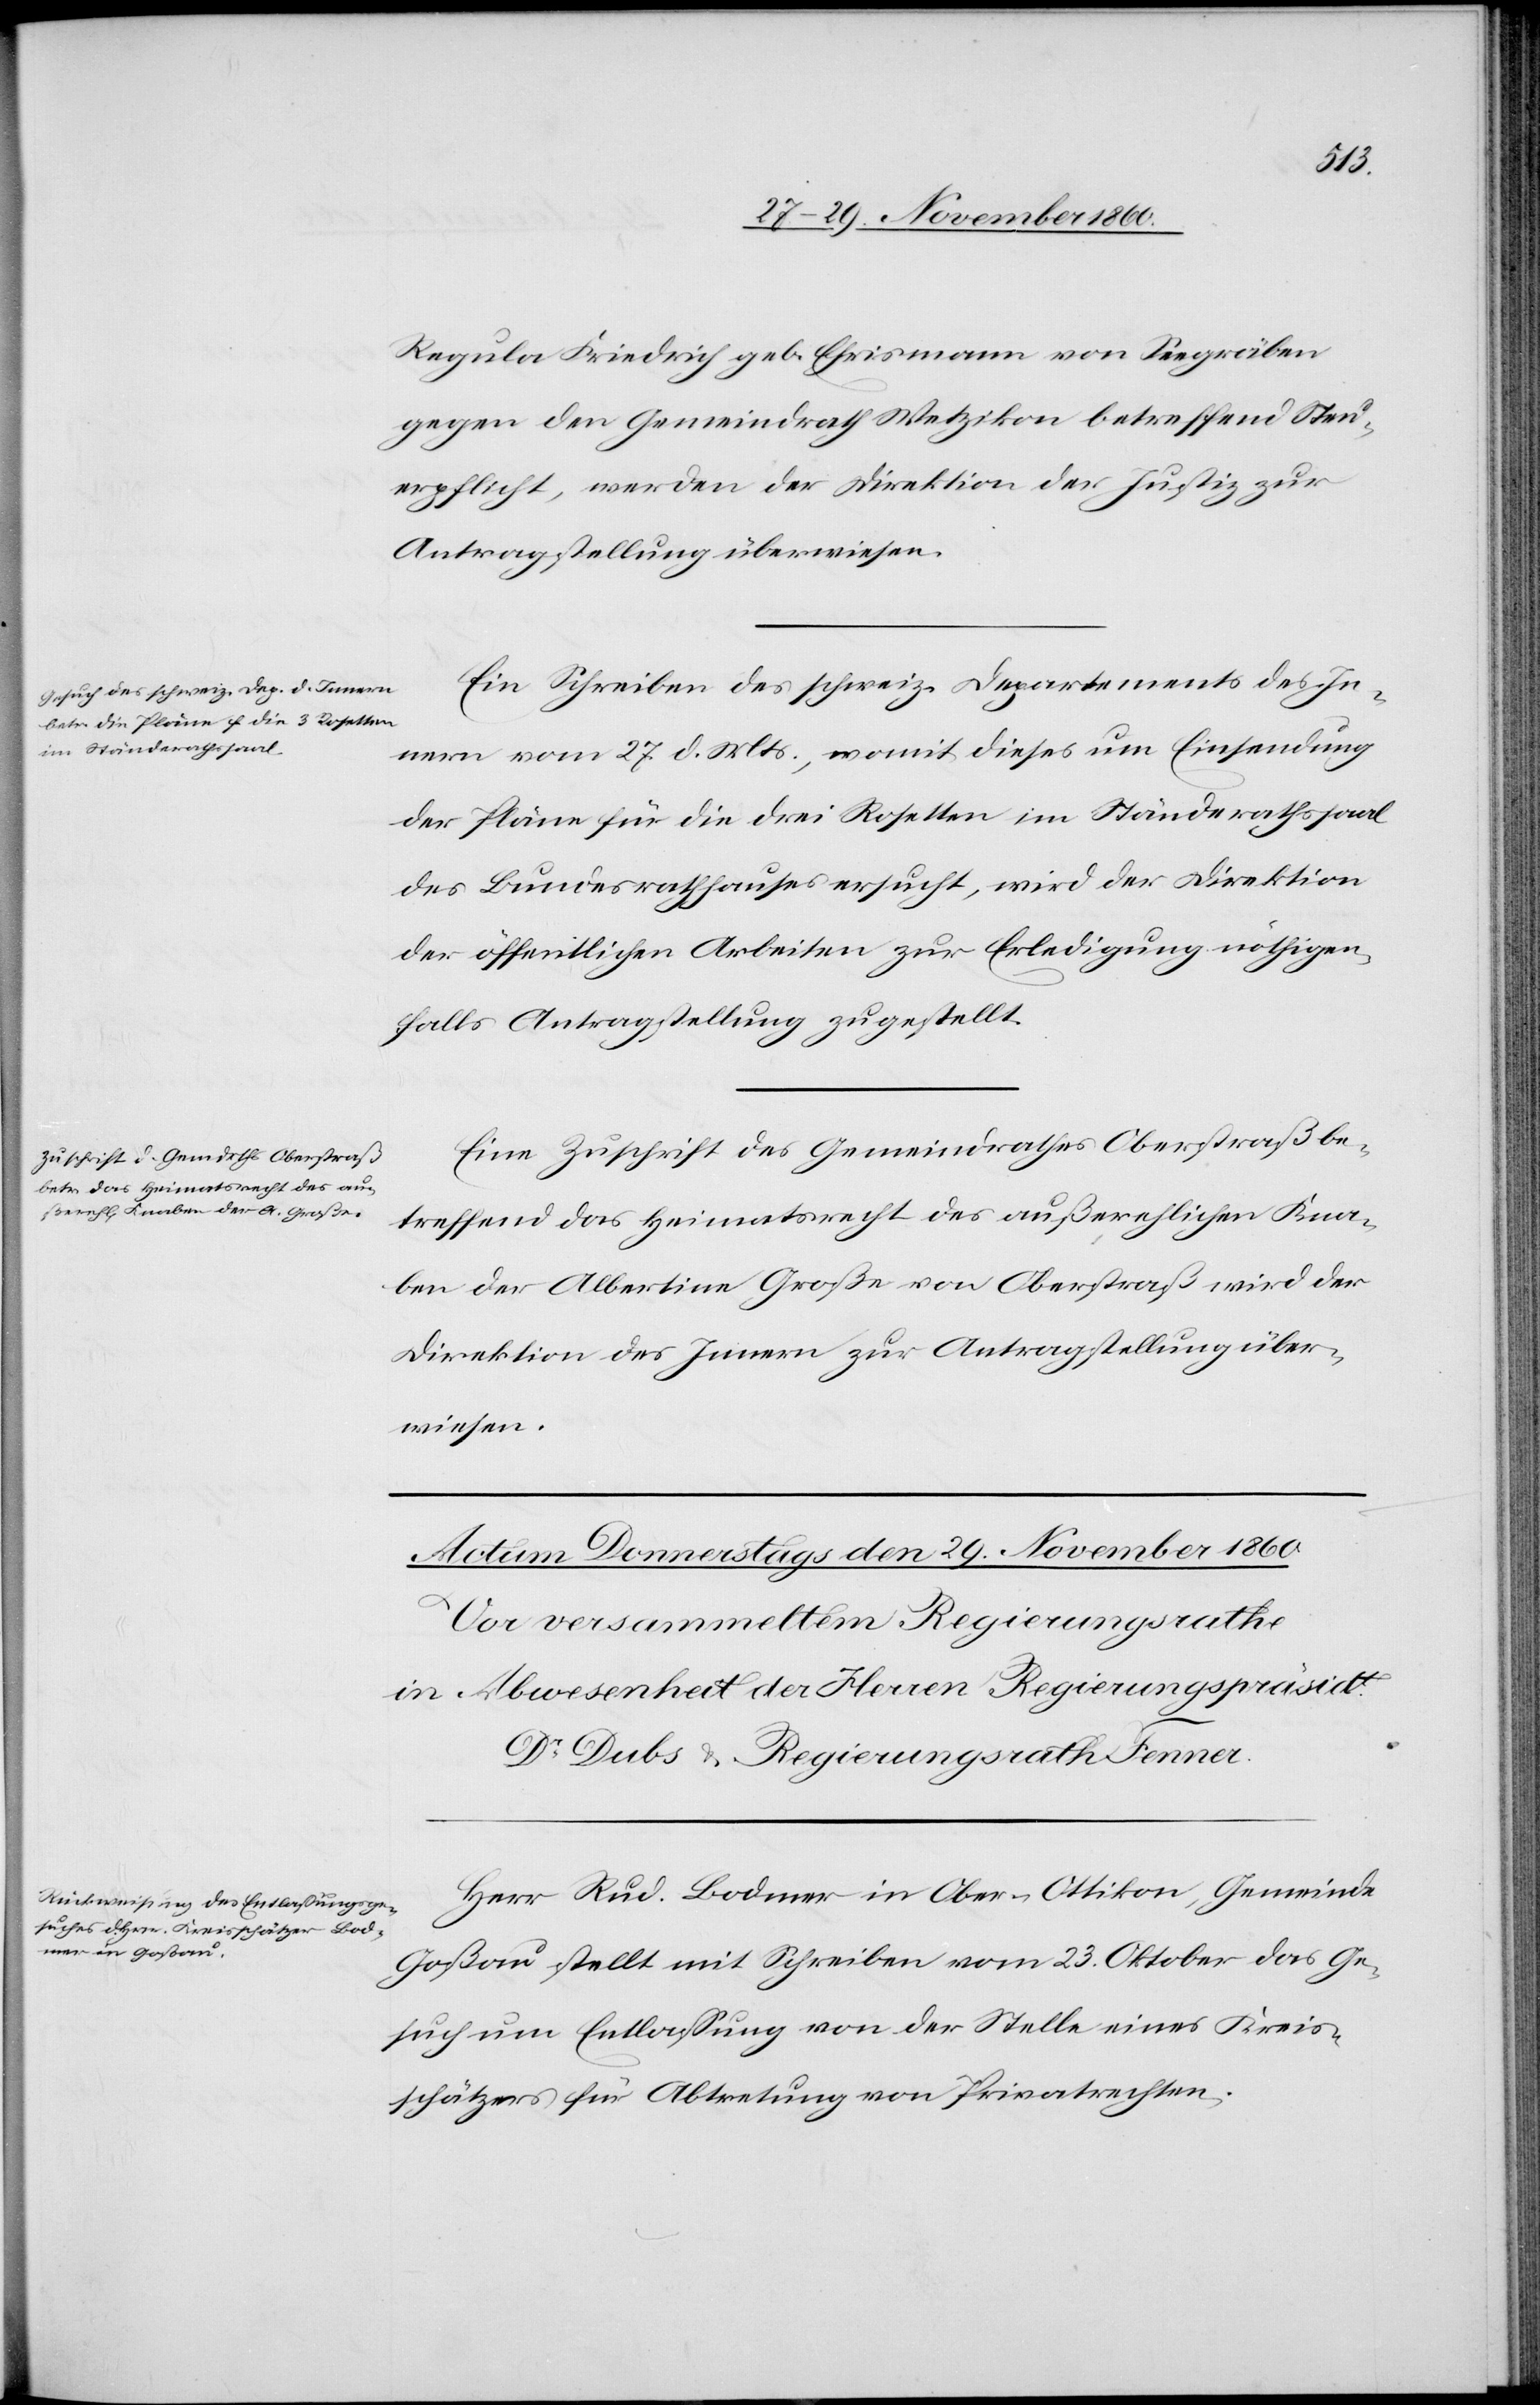
28.
Regula Friedrich geb. Ehrismann von Seegräben
gegen den Gemeindrath Wetzikon betreffend Steu¬
erpflicht, werden der Direktion der Justiz zur
Antragstellung überwiesen.
Ein Schreiben des schweiz. Departements des In¬
nern vom 27. d. Mts. womit dieses um Einsendung
der Pläne für die drei Rosetten im Ständerathssaale
des Bundesrathhauses ersucht, wird der Direktion
der öffentlichen Arbeiten zur Erledigung nöthigen¬
falls Antragstellung zugestellt.
Eine Zuschrift des Gemeindrathes Oberstraß be¬
treffend das Heimatsrecht des außerehelichen Kna¬
ben der Albertina Große von Oberstraß wird der
Direktion des Innern zur Antragstellung über¬
wiesen.
Herr Rud. Bodmer in Ober-Ottikon, Gemeinde
Goßau stellt mit Schreiben vom 23. Oktober das Ge¬
such um Entlassung von der Stelle eines Kreis¬
schätzers für Abtretung von Privatrechten.